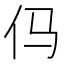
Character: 㐷